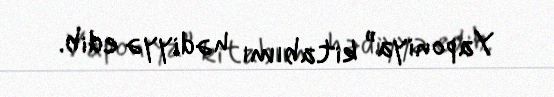
Yaponiya” kitabımı hədiyyə edib.